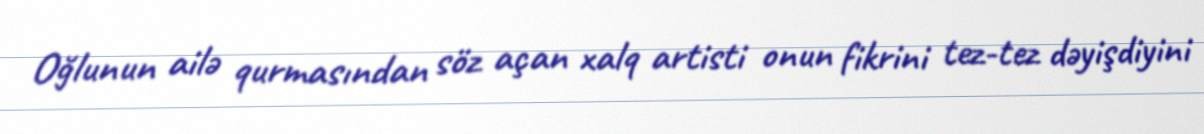
Oğlunun ailə qurmasından söz açan xalq artisti onun fikrini tez-tez dəyişdiyini